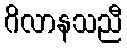
ဂိလာနသညီ